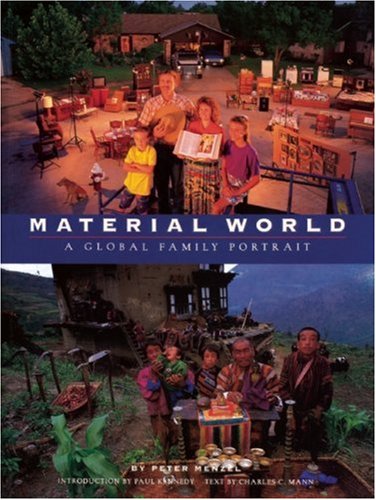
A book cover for Material World: A Global Family Portrait; Peter Menzel; Business & Money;